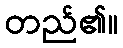
တည်၏။